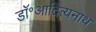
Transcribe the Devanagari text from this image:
डॉ॰आदित्यनाथ